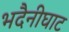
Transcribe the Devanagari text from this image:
भदैनीघाट